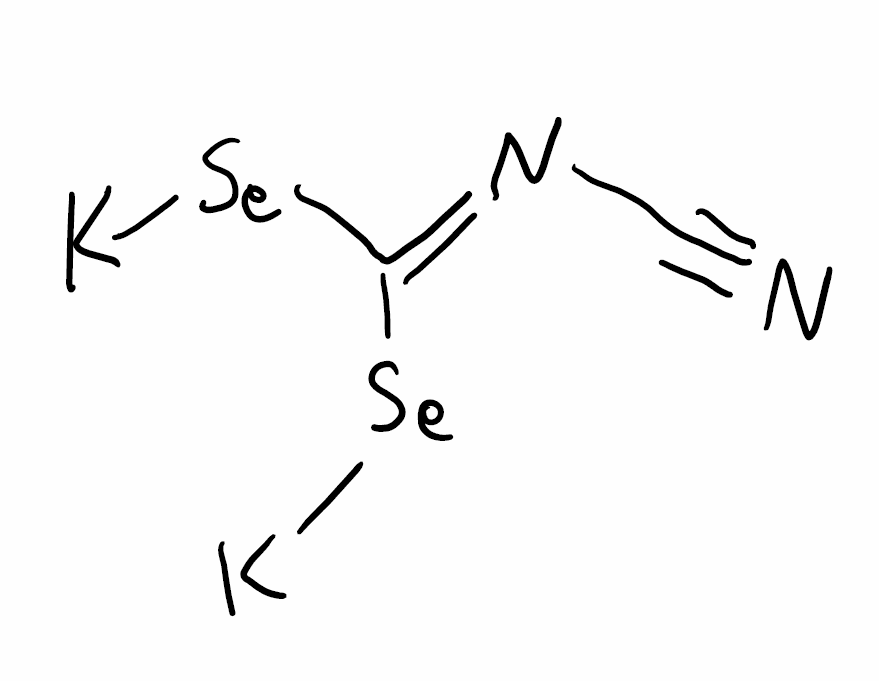
Simplified molecular-input line-entry system (SMILES) notation of the given molecule:
C(#N)N=C([Se][K])[Se][K]